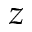
z